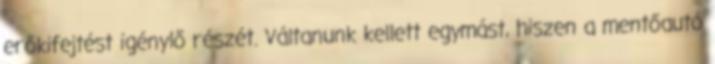
erőkifejtést igénylő részét. Váltanunk kellett egymást, hiszen a mentőautó